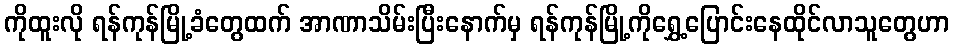
ကိုထူးလို ရန်ကုန်မြို့ခံတွေထက် အာဏာသိမ်းပြီးနောက်မှ ရန်ကုန်မြို့ကိုရွှေ့ပြောင်းနေထိုင်လာသူတွေဟာ